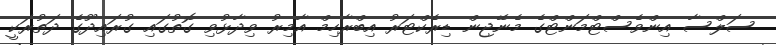
ސަލްސާ އިންވެސްޓްމަންޓްގެ މެނޭޖިން ޑިރެކްޓަރު އިބްރާހިމް އާމިރު ވިދާޅުވި ގޮތުގައި ގުރައިދޫގެ ދަތުރަކީ